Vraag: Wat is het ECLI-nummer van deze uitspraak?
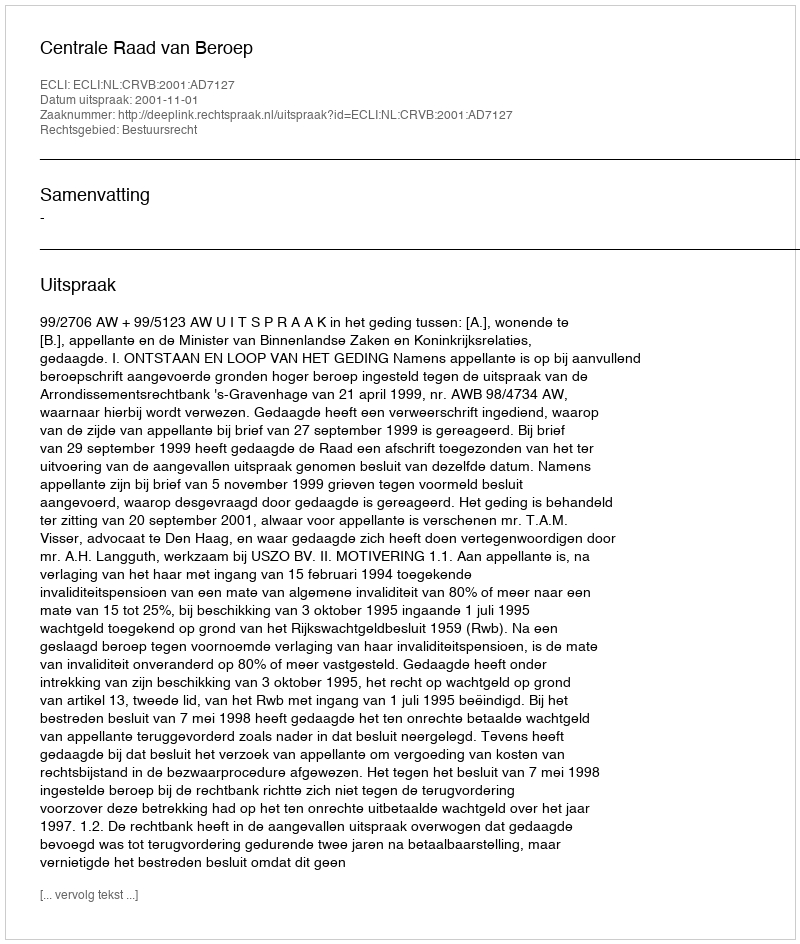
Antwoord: ECLI:NL:CRVB:2001:AD7127